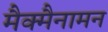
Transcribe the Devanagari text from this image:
मैक्मैनामन